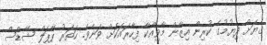
ގެޔަށް ދިޔުމުގެ ކުރިން އިޒާން މާވިއްކާ ފިހާރައަކަށް ވަނެވެ. ހަތަރު ޕާޕަލް ޝޭޑްސް